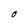
Character: O